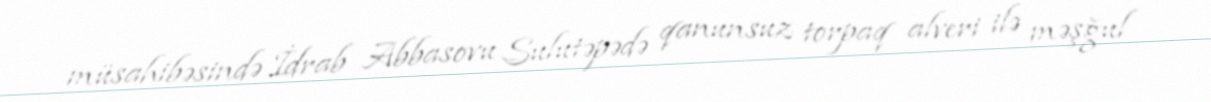
müsahibəsində İdrab Abbasovu Sulutəpədə qanunsuz torpaq alveri ilə məşğul